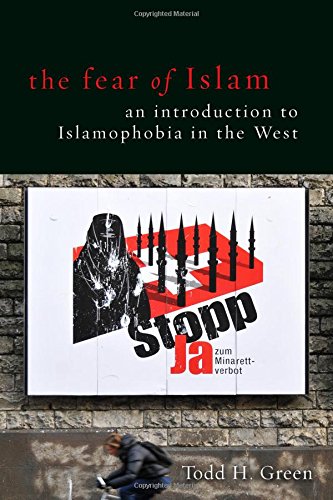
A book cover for The Fear of Islam: An Introduction to Islamophobia in the West; Todd H. Green; Religion & Spirituality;